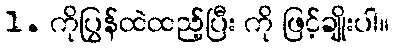
1. ကိုပြွန်ထဲထည့်ပြီး ကို ဖြင့်ချိုးပါ။